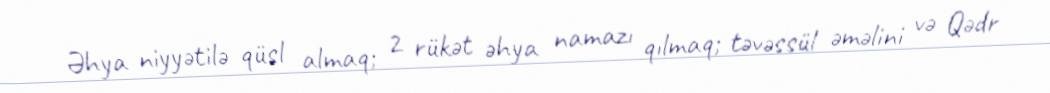
Əhya niyyətilə qüsl almaq; 2 rükət əhya namazı qılmaq; təvəssül əməlini və Qədr